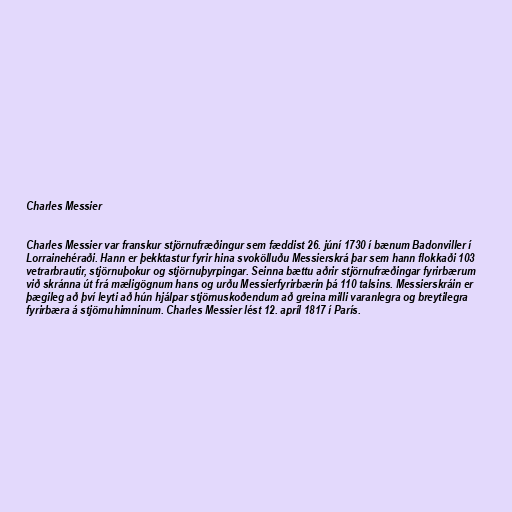
Charles Messier

Charles Messier var franskur stjörnufræðingur sem fæddist 26. júní 1730 í bænum Badonviller í
Lorrainehéraði. Hann er þekktastur fyrir hina svokölluðu Messierskrá þar sem hann flokkaði 103
vetrarbrautir, stjörnuþokur og stjörnuþyrpingar. Seinna bættu aðrir stjörnufræðingar fyrirbærum
við skránna út frá mæligögnum hans og urðu Messierfyrirbærin þá 110 talsins. Messierskráin er
þægileg að því leyti að hún hjálpar stjörnuskoðendum að greina milli varanlegra og breytilegra
fyrirbæra á stjörnuhimninum. Charles Messier lést 12. apríl 1817 í París.